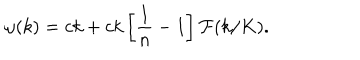
\omega ( k ) = c k + c k \left[ { \frac { 1 } { n } } - 1 \right] { \cal F } ( k / K ) .